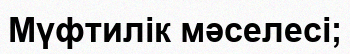
Мүфтилік мәселесі;